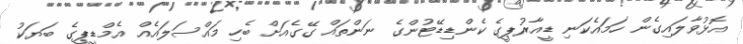
އޮޅުވާލައިގެން ހަމައެކަނި ޑީއާރުޕީގެ ކެންޑިޑޭޓުންގެ ނަންތައް ގޭގެއަށް ބެހި މައްސަލައެއް އެމްޑީޕީގެ ބަޔަކު